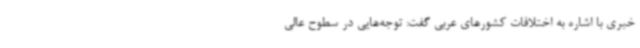
خبری با اشاره به اختلافات کشورهای عربی گفت: توجه‌هایی در سطوح عالی